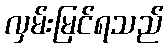
လှမ်းမြင်ရသည်